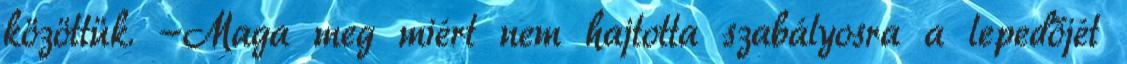
közöttük. -Maga meg miért nem hajtotta szabályosra a lepedőjét